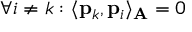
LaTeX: \forall i \neq k : \langle \mathbf { p } _ { k } , \mathbf { p } _ { i } \rangle _ { \mathbf { A } } = 0